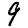
Digit: 9